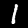
Digit: 1